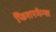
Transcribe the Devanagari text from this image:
फिशरमेन्स